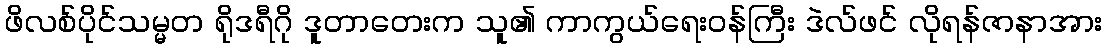
ဖိလစ်ပိုင်သမ္မတ ရိုဒရီဂို ဒူတာတေးက သူ၏ ကာကွယ်ရေးဝန်ကြီး ဒဲလ်ဖင် လိုရန်ဇာနာအား